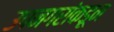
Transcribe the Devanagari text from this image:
उपनगरांकडून